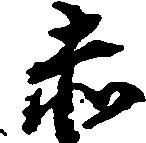
赤